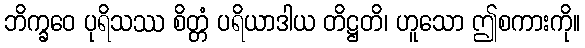
ဘိက္ခဝေ ပုရိသဿ စိတ္တံ ပရိယာဒါယ တိဋ္ဌတိ၊ ဟူသော ဤစကားကို။